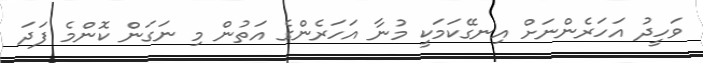
ވަހީދު އަހަރެންނަށް އިނގޭކަމަކީ މުނާ އަހަރެންގެ އަތުން މި ނަގަން ކޮންމެ ފަދަ